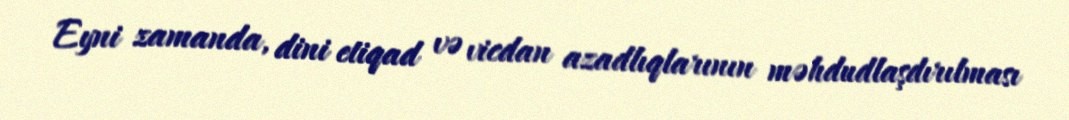
Eyni zamanda, dini etiqad və vicdan azadlıqlarının məhdudlaşdırılması